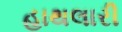
હાથલારી